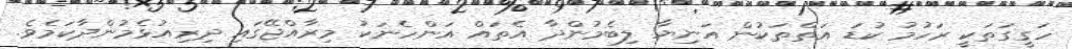
ހަގީގަތަކީ ރަހުމު ކުޑަ އަތްތަކުން އަނިޔާ ލިބެމުންދާ އެތައް އަންހެނަކު މިރާއްޖޭގައި ދިރިއުޅެމުންދާކަމެވެ.